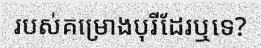
របស់គម្រោងបុរីដែរឬទេ?